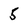
Character: 5